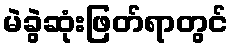
မဲခွဲဆုံးဖြတ်ရာတွင်